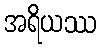
အရိယဿ